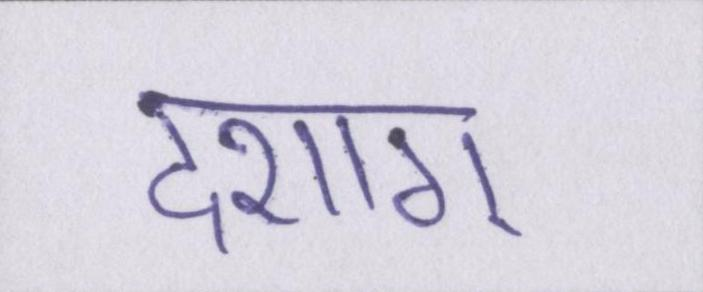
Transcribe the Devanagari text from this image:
दशाॻ